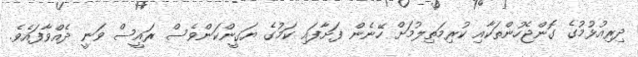
ދިރިއުޅުމުގެ ގޮންޖެހުންތަކާއި ކުރިމަތިލުމަށް ހޭނެން ފަށާފައި ކަމުގެ ޔަގީންކަންވެސް ރައީސް ވަނީ ދެއްވާފައެވެ.